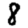
Digit: 8